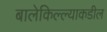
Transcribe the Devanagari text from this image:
बालेकिल्ल्याकडील